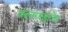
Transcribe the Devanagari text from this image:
वदनगाङ्गेय